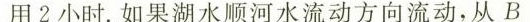
用2小时。如果湖水顺河水流动方向流动，从B